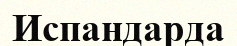
Испандарда